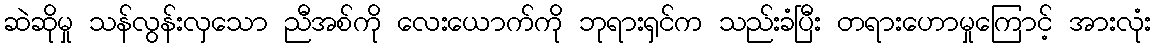
ဆဲဆိုမှု သန်လွန်းလှသော ညီအစ်ကို လေးယောက်ကို ဘုရားရှင်က သည်းခံပြီး တရားဟောမှုကြောင့် အားလုံး